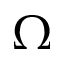
\Omega